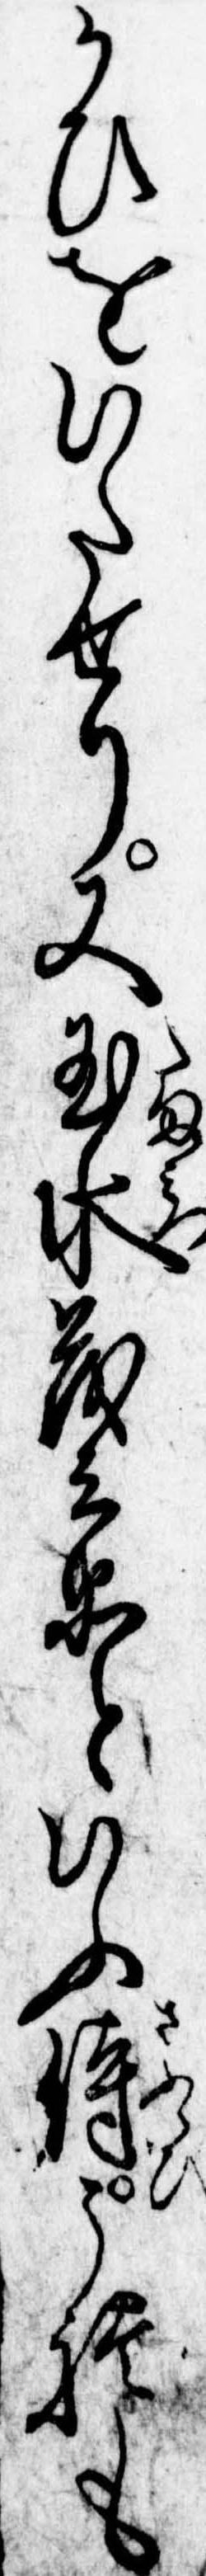
かひをいたせり又玉水茂兵衛といふ侍これも